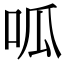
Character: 呱